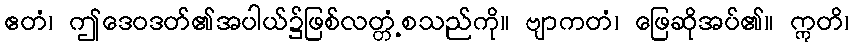
ဧတံ၊ ဤဒေဝဒတ်၏အပါယ်၌ဖြစ်လတ္တံ့စသည်ကို။ ဗျာကတံ၊ ဖြေဆိုအပ်၏။ ဣတိ၊